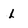
Character: L